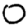
Digit: 0